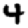
Digit: 4